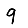
Digit: 9